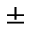
\pm